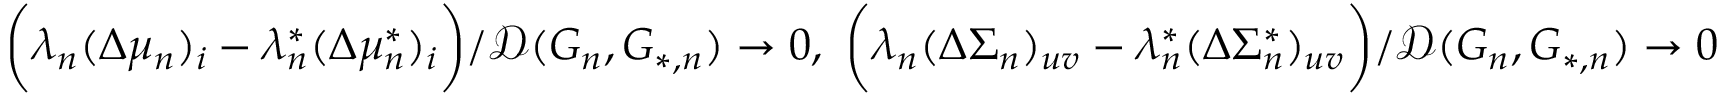
\begin{array} { r } { \biggr ( \lambda _ { n } ( \Delta \mu _ { n } ) _ { i } - \lambda _ { n } ^ { * } ( \Delta \mu _ { n } ^ { * } ) _ { i } \biggr ) / \mathcal { D } ( G _ { n } , G _ { * , n } ) \to 0 , \ \biggr ( \lambda _ { n } ( \Delta \Sigma _ { n } ) _ { u v } - \lambda _ { n } ^ { * } ( \Delta \Sigma _ { n } ^ { * } ) _ { u v } \biggr ) / \mathcal { D } ( G _ { n } , G _ { * , n } ) \to 0 } \end{array}